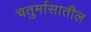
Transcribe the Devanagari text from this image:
चतुर्मासातील